Madras plague regulations and rules for district municipalities and other towns and villages
Disease focus: Plague
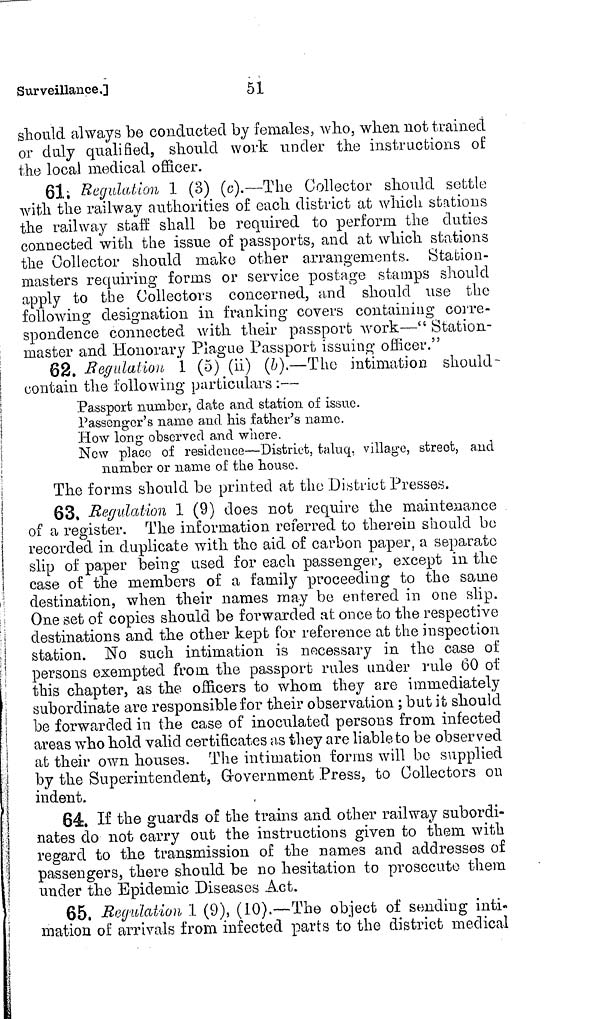
51
Surveillance.]
should always be conducted by females, who, when not trained
or duly qualified, should work under the instructions of
the local medical officer.
61; Regulation 1 (3) (c).—The Collector should settle
with the railway authorities of each district at which stations
the railway staff shall be required to perform the duties
connected with the issue of passports, and at which stations
the Collector should make other arrangements. Station-
masters requiring forms or service postage stamps should
apply to the Collectors concerned, and should use the
following designation in frankino- covers containing corre-
O
O
O
O
spondence connected with their passport work—" Station-
master and Honorary Plague Passport issuing oflicer."
62. Regulation 1 (5) (ii) (b).—The intimation should-
contain the following particulars :—
Passport number, date and station of issue.
Passenger's name and his father's name.
How long observed and where.
New place of residence—District, taluq, village, street, and
number or name of the house.
The forms should be printed at the District Presses.
63. Regulation 1 (9) does not require the maintenance
of a register. The information referred to therein should be
recorded in duplicate with the aid of carbon paper, a separate
slip of paper being used for each passenger, except in the
case of the members of a family proceeding to the same
destination, when their names may be entered in one slip.
One set of copies should be forwarded at once to the respective
destinations and the other kept for reference at the inspection
station. No such intimation is necessary in the case of
persons exempted from, the passport rules under rule 60 of
this chapter, as the officers to whom they are immediately
subordinate are responsible for their observation ; but it should
be forwarded in the case of inoculated persons from infected
areas who hold valid certificates us they are liable to be observed
at their own houses. The intimation forms will be supplied
by the Superintendent, Government Press, to Collectors on
indent.
64. If the guards of the trains and other railway subordi-
nates do not carry out the instructions given to them with
regard to the transmission of the names and addresses o£
passengers, there should be no hesitation to prosecute them
under the Epidemic Diseases Act.
65. Regulation 1 (9), (10).—The object of sending inti-
|
mation of arrivals from infected parts to the district medical
•